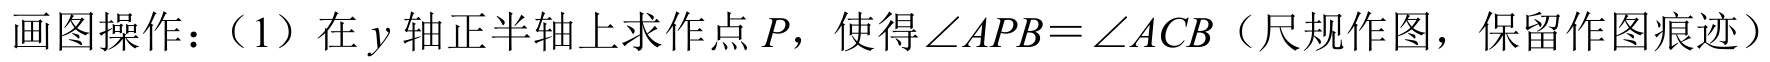
画图操作：（1）在\(y\)轴正半轴上求作点\(P\)，使得\(\angle APB=\angle ACB\)（尺规作图，保留作图痕迹）